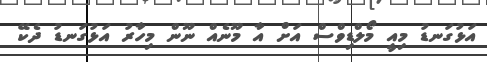
އަޅުގަނޑު މިއީ މޯލްޑިވްސް އަށް އާ މޫނެއް ނޫން މިހާރު އަޅުގަނޑު ދެކޭ